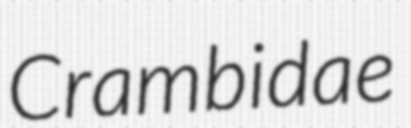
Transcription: Crambidae